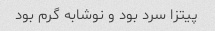
پیتزا سرد بود و نوشابه گرم بود